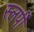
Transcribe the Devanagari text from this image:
स्लर्पी